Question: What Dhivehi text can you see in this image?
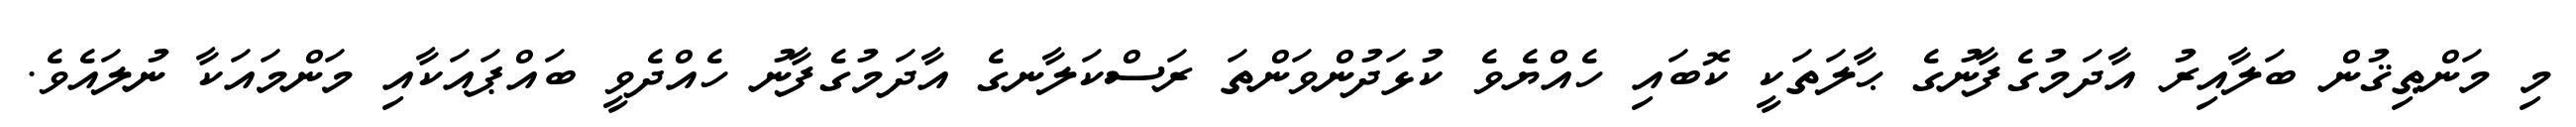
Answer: މި މަންޠިޤުން ބަލާއިރު އާދަމުގެފާނުގެ ޙާލަތަކީ ކޮބައި ހެއްޔެވެ ކުޅަދުންވަންތަ ރަސްކަލާނގެ އާދަމުގެފާނު ހެއްދެވީ ބައްޕައަކާއި މަންމައަކާ ނުލައެވެ.